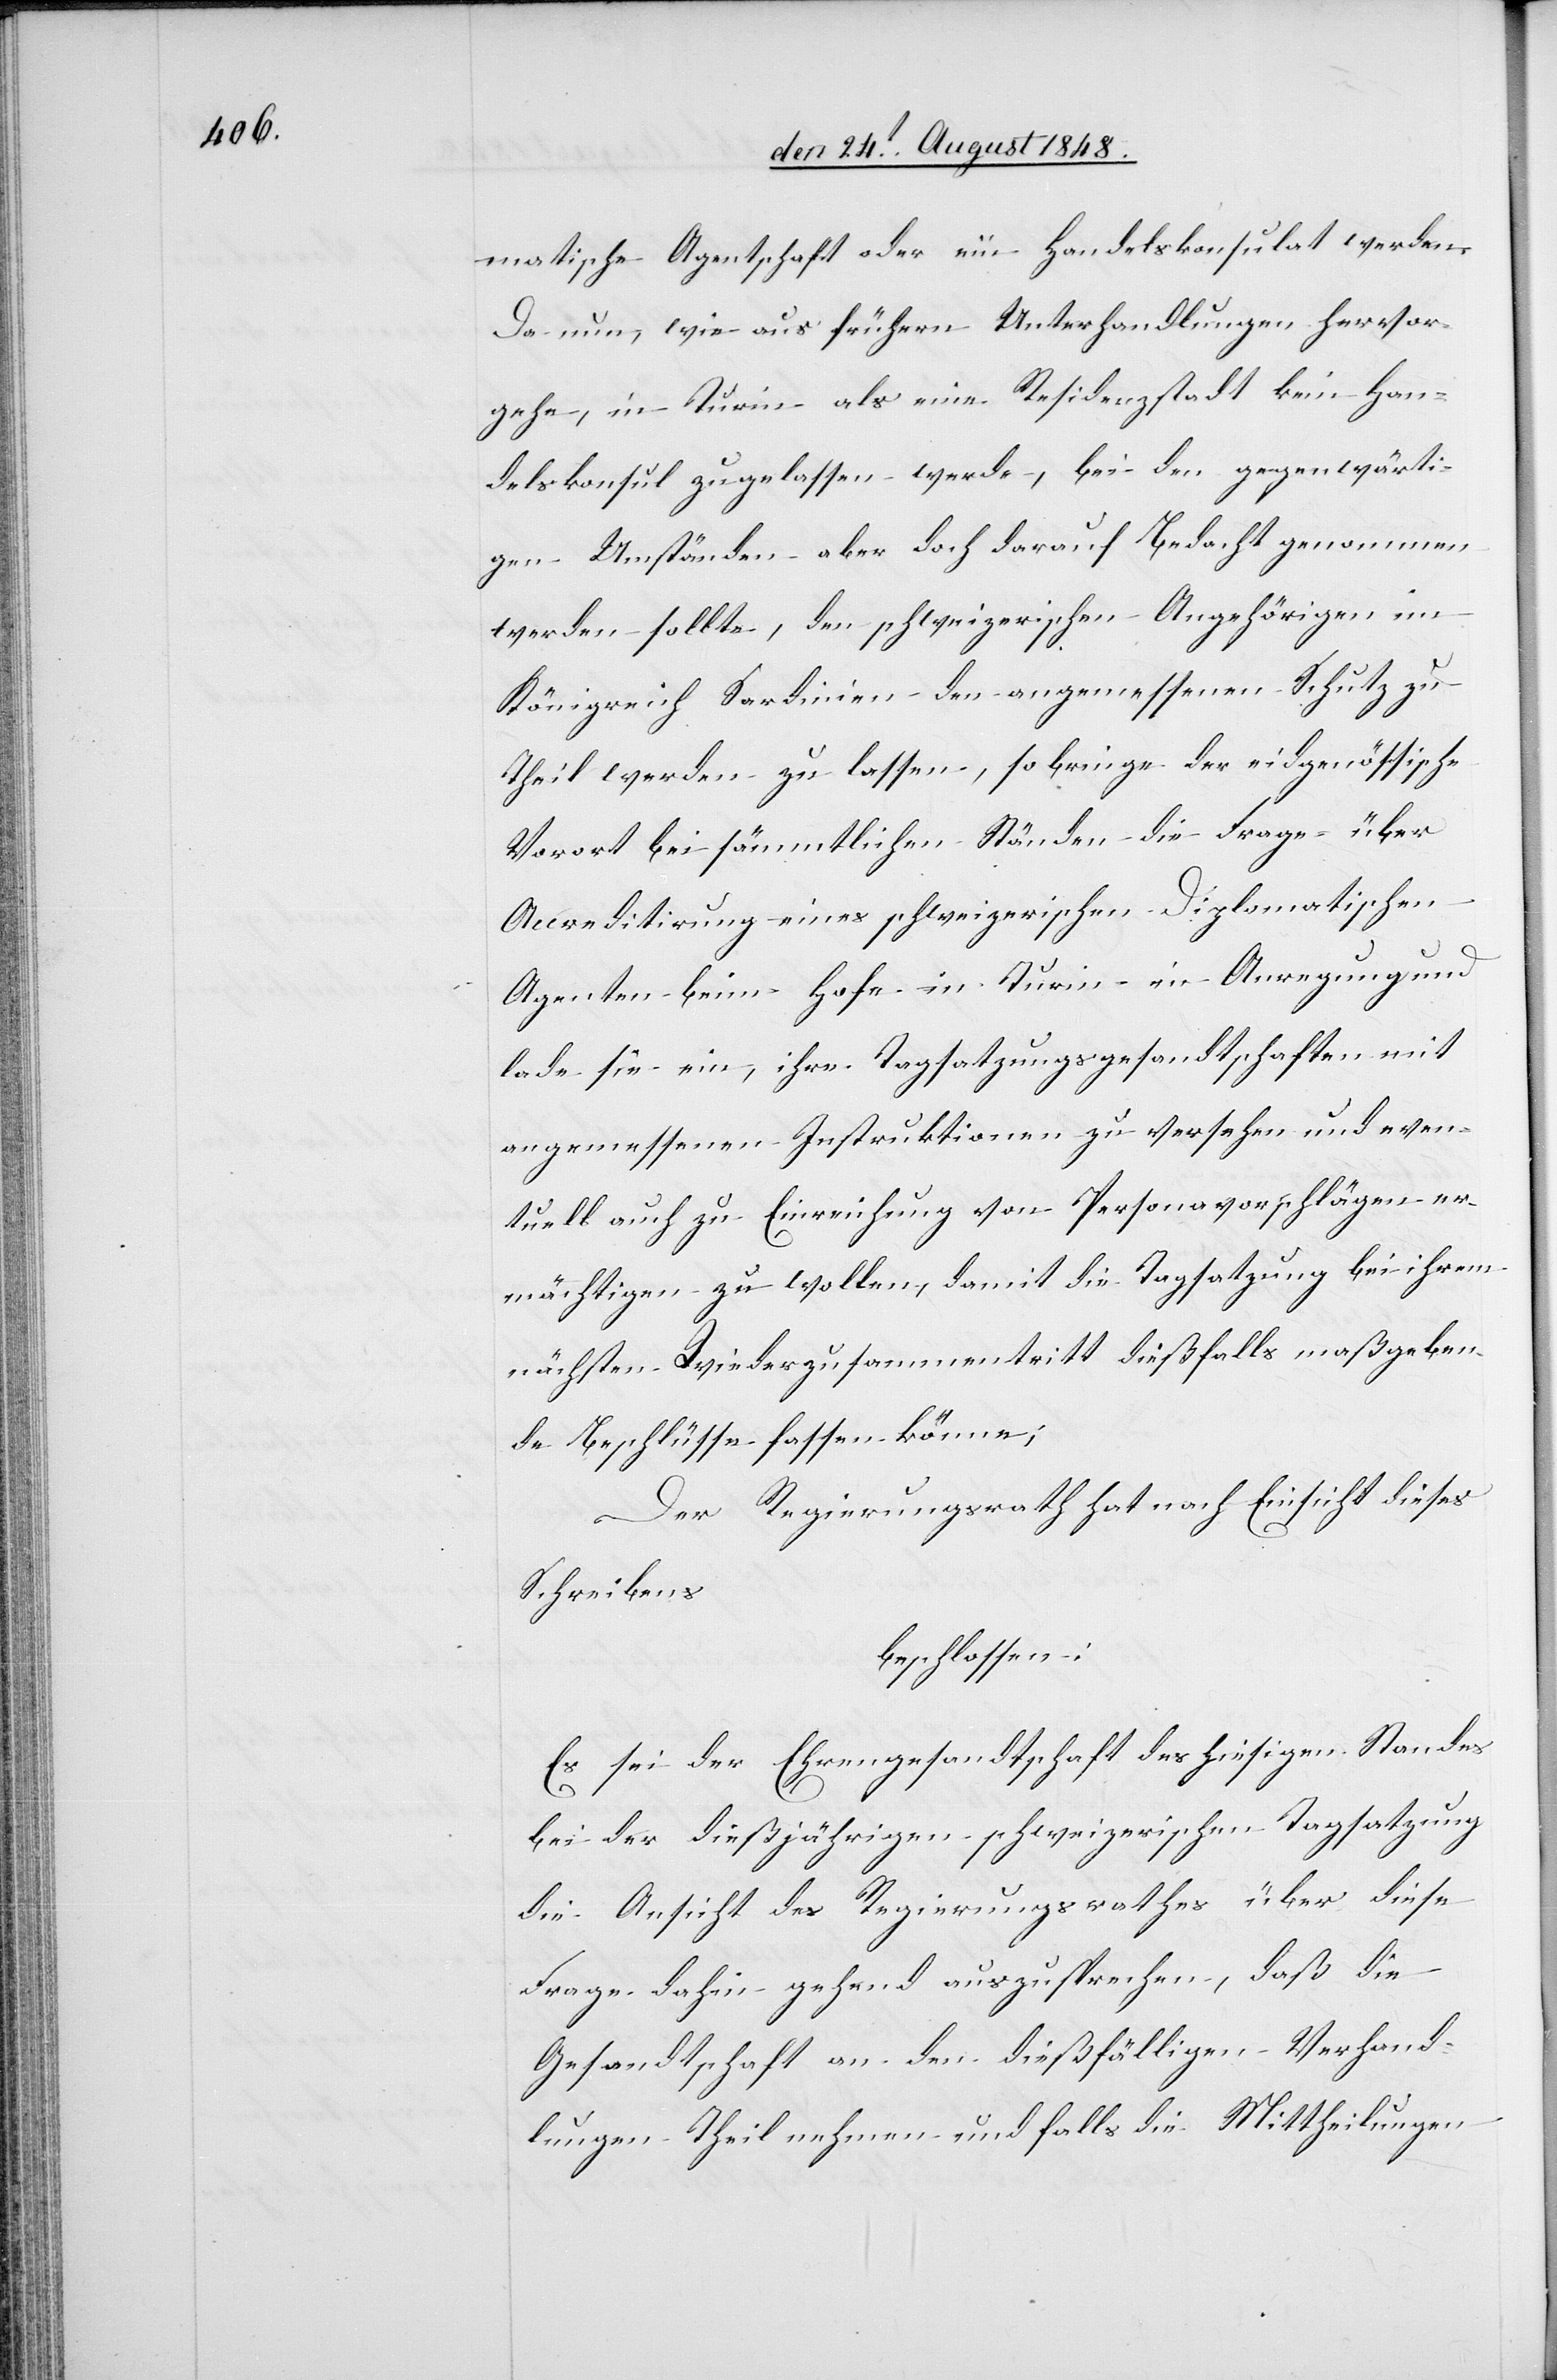
matische Agentschaft oder ein Handelskonsulat werden.
Da nun, wie aus frühern Unterhandlungen hervor¬
gehe, in Turin als eine Residenzstadt kein Han¬
delskonsul zugelassen werde, bei den gegenwärti¬
gen Umständen aber doch darauf Bedacht genommen
werden sollte, den schweizerischen Angehörigen im
Königreich Sardinien den angemessenen Schutz zu
theil werden zu lassen, so bringe der eidgenössische
Vorort bei sämmtlichen Ständen die Frage über
Accreditirung eines schweizerischen Diplomatischen
Agenten beim Hofe in Turin in Anregung und
lade sie ein, ihre Tagsatzungsgesandtschaften mit
angemessenen Instruktionen zu versehen und even¬
tuell auch zu Einreichung von Personalvorschlägen er¬
mächtigen zu wollen, damit die Tagsatzung bei ihrem
nächsten Wiederzusammentritt dießfalls maßgeben¬
de Beschlüsse fassen könne;
Der Regierungsrath hat nach Einsicht dieses
Schreibens
beschlossen:
Es sei der Ehrengesandtschaft des hiesigen Standes
bei der dießjährigen schweizerischen Tagsatzung
die Ansicht des Regierungsrathes über diese
Frage dahin gehend auszusprechen, daß die
Gesandtschaft an den dießfälligen Verhand¬
lungen Theil nehmen und falls die Mittheilungen